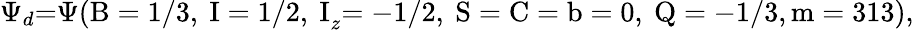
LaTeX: \Psi_{d}\mathrm{=}\Psi\mathrm{(B=1/3,~I=1/2,~I}_{z}\mathrm{=-1/2,~S=C=b=0,~Q=-1/3,m=313),}